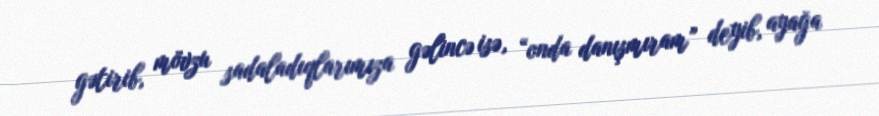
gətirib, mövzu sadaladıqlarımıza gəlincə isə, “onda danışmıram” deyib, ayağa